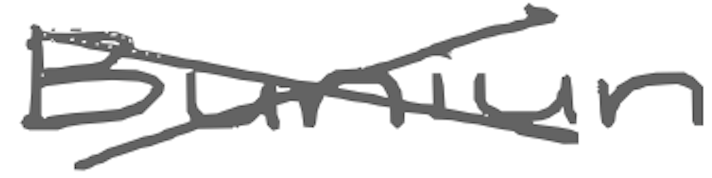
Text: Bunium
Cross-out: cross
Writing tool: digital_gray